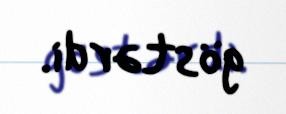
göstərdi.